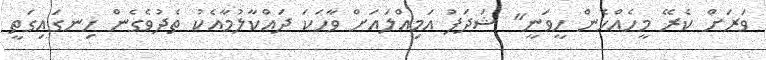
ވަރަށް ކެރޭ މީހެއްހެން ހީވަނީ" ޝަދަފު އަމިއްލައަށް ވާހަކަ ދައްކާލުމާއެކު ތެދުވެގެން ހިނގައިގަތީ